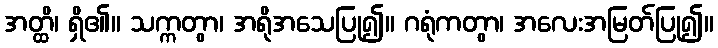
အတ္ထိ၊ ရှိ၏။ သက္ကတွာ၊ အရိုအသေပြု၍။ ဂရုံကတွာ၊ အလေးအမြတ်ပြု၍။